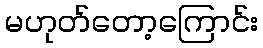
မဟုတ်တော့ကြောင်း